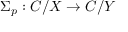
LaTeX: \Sigma _ { p } : C / X \to C / Y